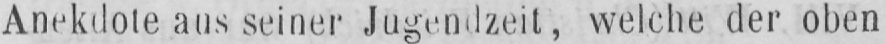
Anekdote aus seiner Jugendzeit, welche der oben